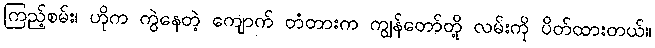
ကြည့်စမ်း၊ ဟိုက ကွဲနေတဲ့ ကျောက် တံတားက ကျွန်တော်တို့ လမ်းကို ပိတ်ထားတယ်။